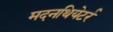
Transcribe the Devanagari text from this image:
मदनथियेटर्र